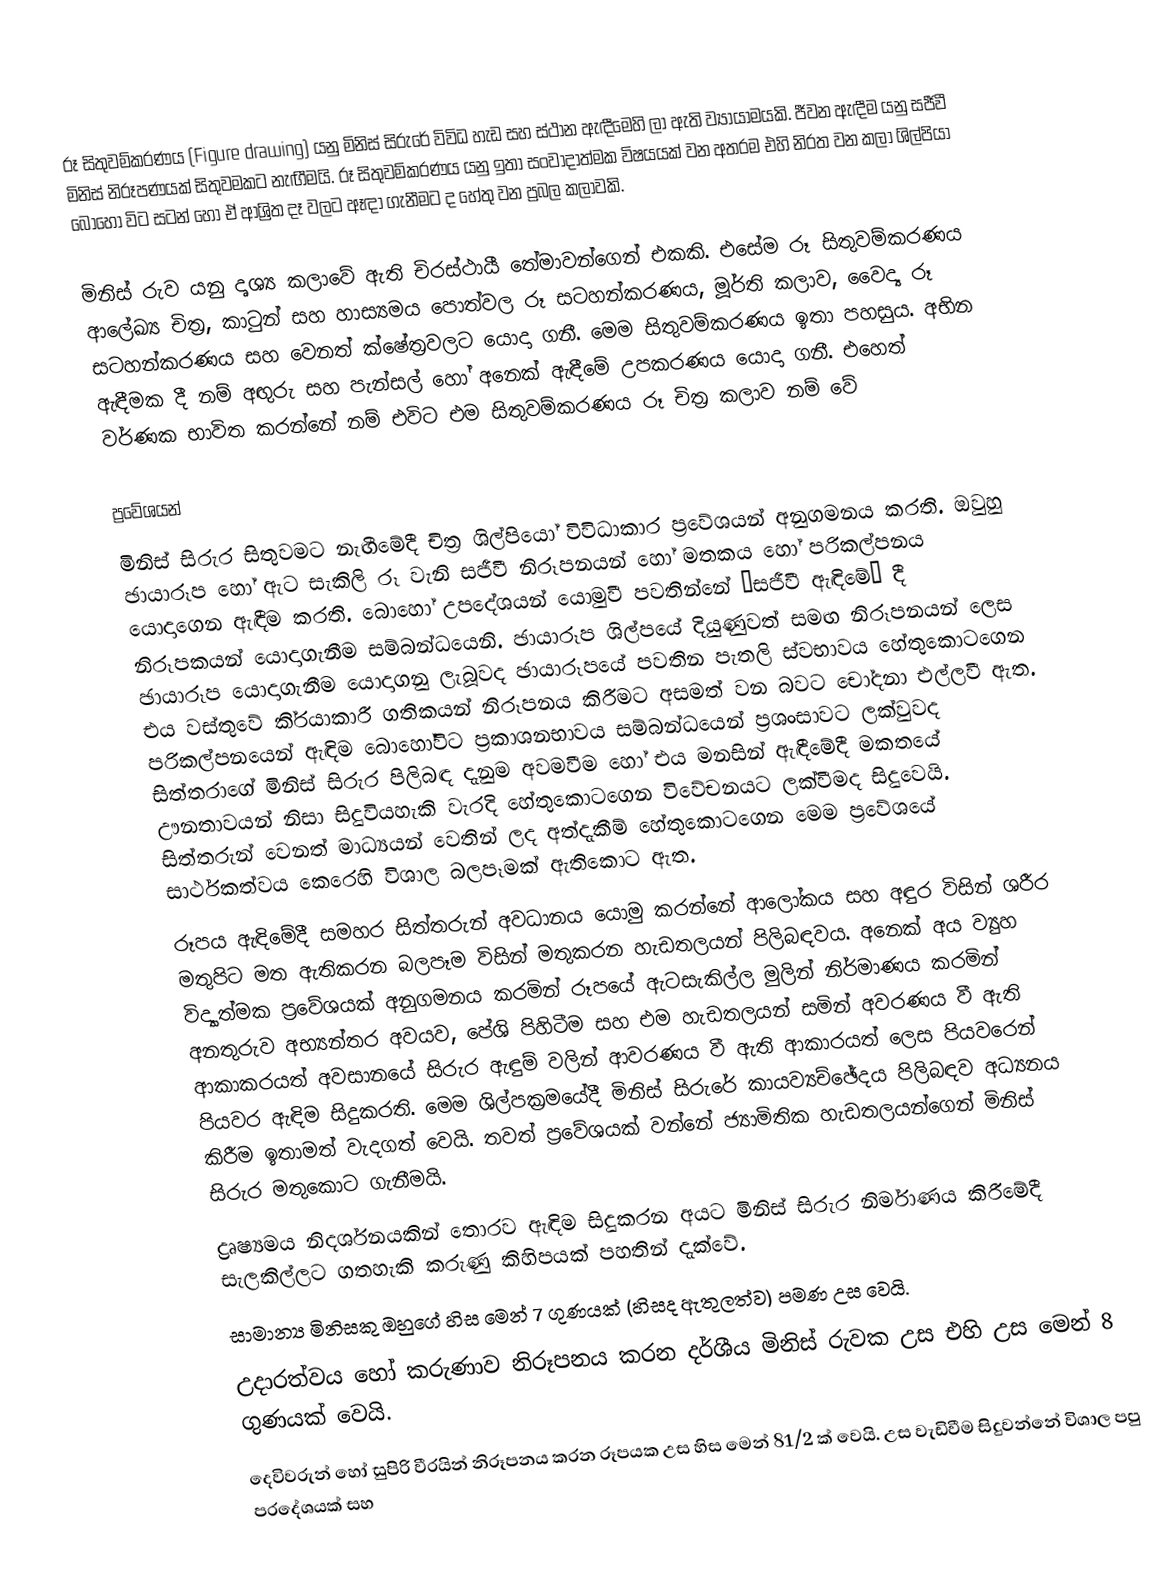
රූ සිතුවම්කරණය (Figure drawing) යනු මිනිස් සිරුරේ විවිධ හැඩ සහ ස්ථාන ඇඳීමෙහි ලා ඇති ව්‍යායාමයකි. ජීවන ඇඳීම යනු සජීවී මිනිස් නිරූපණයක් සිතුවමකට නැඟීමයි. රූ සිතුවම්කරණය යනු ඉතා සංවාදාත්මක විෂයයක් වන අතරම එහි නිරත වන කලා ශිල්පියා බොහෝ විට සටන් හෝ ඒ ආශ්‍රිත දෑ වලට ඈඳා ගැනීමට ද හේතු වන ප්‍රබල කලාවකි.

මිනිස් රුව යනු දෘශ්‍ය කලාවේ ඇති චිරස්ථායී තේමාවන්ගෙන් එකකි. එසේම රූ සිතුවම්කරණය ආලේඛ්‍ය චිත්‍ර, කාටුන් සහ හාස්‍යමය පොත්වල රූ සටහන්කරණය, මූර්ති කලාව, වෛද්‍ය රූ සටහන්කරණය සහ වෙනත් ක්ෂේත්‍රවලට යොදා ගනී. මෙම සිතුවම්කරණය ඉතා පහසුය. අභින ඇඳීමක දී නම් අඟුරු සහ පැන්සල් හෝ අනෙක් ඇඳීමේ උපකරණය යොදා ගනී. එහෙත් වර්ණක භාවිත කරන්නේ නම් එවිට එම සිතුවම්කරණය රූ චිත්‍ර කලාව නම් වේ

ප්‍රවේශයන්
මිනිස් සිරුර සිතුවමට නැඟීමේදී චිත‍්‍ර ශිල්පියෝ විවිධාකාර ප‍්‍රවේශයන් අනුගමනය කරති. ඔවුහු ඡායාරූප හෝ ඇට සැකිලි රූ වැනි සජීවී නිරූපනයන් හෝ මතකය හෝ පරිකල්පනය යොදාගෙන ඇඳීම කරති. බොහෝ උපදේශයන් යොමුවී පවතින්නේ ‘සජීවී ඇඳිමේ’ දී නිරූපකයන් යොදාගැනීම සම්බන්ධයෙනි. ඡායාරූප ශිල්පයේ දියුණුවත් සමඟ නිරූපනයන් ලෙස ඡායාරූප යොදාගැනීම යොදාගනු ලැබූවද ඡායාරූපයේ පවතින පැතලි ස්වභාවය හේතුකොටගෙන එය වස්තුවේ කි‍්‍රයාකාරී ගතිකයන් නිරූපනය කිරීමට අසමත් වන බවට චෝදනා එල්ලවී ඇත. පරිකල්පනයෙන් ඇඳිම බොහෝවිට ප‍්‍රකාශනභාවය සම්බන්ධයෙන් ප‍්‍රශංසාවට ලක්වුවද සිත්තරාගේ මිනිස් සිරුර පිලිබඳ දැනුම අවමවීම හෝ එය මනසින් ඇඳීමේදී මකතයේ ඌනතාවයන් නිසා සිදුවියහැකි වැරදි හේතුකොටගෙන විවේචනයට ලක්වීමද සිදුවෙයි. සිත්තරුන් වෙනත් මාධ්‍යයන් වෙතින් ලද අත්දැකීම් හේතුකොටගෙන මෙම ප‍්‍රවේශයේ සාර්ථකත්වය කෙරෙහි විශාල බලපෑමක් ඇතිකොට ඇත.
රූපය ඇඳිමේදී සමහර සිත්තරුන් අවධානය යොමු කරන්නේ ආලෝකය සහ අඳුර විසින් ශරීර මතුපිට මත ඇතිකරන බලපෑම විසින් මතුකරන හැඩතලයන් පිලිබඳවය. අනෙක් අය ව්‍යුහ විද්‍යාත්මක ප‍්‍රවේශයක් අනුගමනය කරමින් රූපයේ ඇටසැකිල්ල මුලින් නිර්මාණය කරමින් අනතුරුව අභ්‍යන්තර අවයව, පේශි පිහිටීම සහ එම හැඩතලයන් සමින් අවරණය වී ඇති ආකාකරයත් අවසානයේ සිරුර ඇඳුම් වලින් ආවරණය වී ඇති ආකාරයත් ලෙස පියවරෙන් පියවර ඇඳිම සිදුකරති. මෙම ශිල්පක‍්‍රමයේදී මිනිස් සිරුරේ කායව්‍යච්ඡේදය පිලිබඳව අධ්‍යනය කිරීම ඉතාමත් වැදගත් වෙයි. තවත් ප‍්‍රවේශයක් වන්නේ ජ්‍යාමිතික හැඩතලයන්ගෙන් මිනිස් සිරුර මතුකොට ගැනීමයි.
ද්‍රෘෂ්‍යමය නිදර්ශනයකින් තොරව ඇඳිම සිදුකරන අයට මිනිස් සිරුර නිර්මාණය කිරීමේදී සැලකිල්ලට ගතහැකි කරුණු කිහිපයක් පහතින් දැක්වේ.
	සාමාන්‍ය මිනිසකු ඔහුගේ හිස මෙන් 7 ගුණයක් (හිසද ඇතුලත්ව) පමණ උස වෙයි.
	උදාරත්වය හෝ කරුණාව නිරූපනය කරන දර්ශීය මිනිස් රුවක උස එහි උස මෙන් 8 ගුණයක් වෙයි.
	දෙවිවරුන් හෝ සුපිරි වීරයින් නිරූපනය කරන රූපයක උස හිස මෙන් 81/2 ක් වෙයි. උස වැඩිවීම සිදුවන්නේ විශාල පපු ප‍්‍රදේශයක් සහ